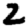
Digit: 2